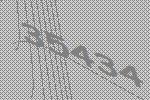
35434